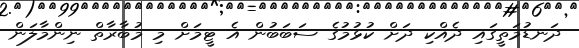
ދަނޑުމަތީގައި ދެއްކި ދަށް ކުޅުމުގެ ސަބަބުން އެ ޓީމަށް މި މުބާރާތް ނިންމާލަން